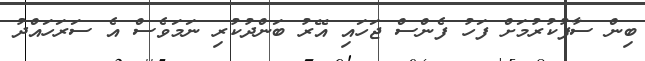
ބިން ސާފުކުރުމަށް ފަހު ފެންސް ޖަހައި އޭރު ބަންދުކުރި ނަމަވެސް އެ ސަރަހައްދު